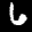
Label: 6